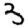
Digit: 3